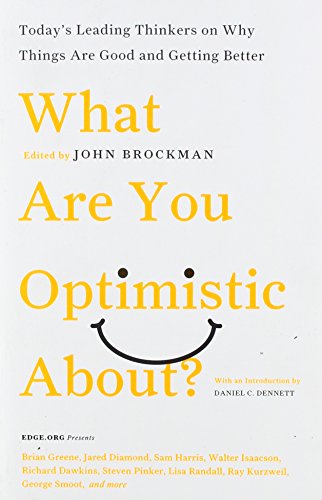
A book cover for What Are You Optimistic About?: Today's Leading Thinkers on Why Things Are Good and Getting Better (Edge Question Series); Science & Math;